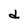
Character: d